Note on the mental hospitals in Burma - 1925-1940
Year: 1925
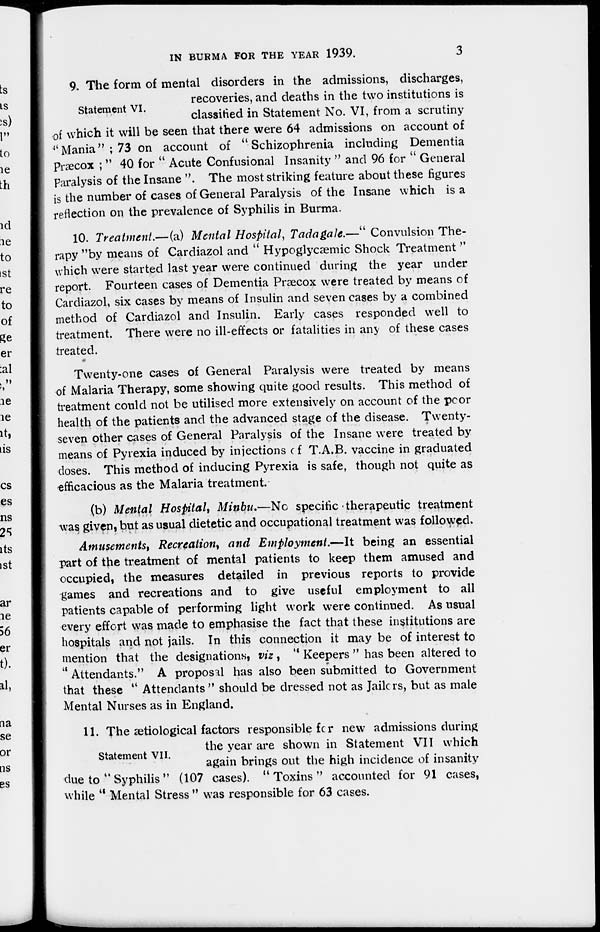
IN BURMA FOR THE YEAR 1939.
3
Statement VI.
9. The form of mental disorders in the admissions, discharges,
recoveries, and deaths in the two institutions is
classified in Statement No. VI, from a scrutiny
of which it will be seen that there were 64 admissions on account of
" Mania" ; 73 on account of " Schizophrenia including Dementia
Præcox ; " 40 for " Acute Confusional Insanity " and 96 for " General
Paralysis of the Insane ". The most striking feature about these figures
is the number of cases of General Paralysis of the Insane which is a
reflection on the prevalence of Syphilis in Burma.
10. Treatment.—(a) Mental Hospital, Tadagale.—" Convulsion The-
rapy "by means of Cardiazol and " Hypoglycæmic Shock Treatment "
which were started last year were continued during the year under
report. Fourteen cases of Dementia Præcox were treated by means of
Cardiazol, six cases by means of Insulin and seven cases by a combined
method of Cardiazol and Insulin. Early cases responded well to
treatment. There were no ill-effects or fatalities in any of these cases
treated.
Twenty-one cases of General Paralysis were treated by means
of Malaria Therapy, some showing quite good results. This method of
treatment could not be utilised more extensively on account of the poor
health of the patients and the advanced stage of the disease. Twenty-
seven other cases of General Paralysis of the Insane were treated by
means of Pyrexia induced by injections of T.A.B. vaccine in graduated
closes. This method of inducing Pyrexia is safe, though not quite as
efficacious as the Malaria treatment.
(b) Mental Hospital, Minbu.—No specific therapeutic treatment
was given, but as usual dietetic and occupational treatment was followed.
Amusements, Recreation, and Employment.—It being an essential
part of the treatment of mental patients to keep them amused and
occupied, the measures detailed in previous reports to provide
games and recreations and to give useful employment to all
patients capable of performing light work were continued. As usual
every effort was made to emphasise the fact that these institutions are
hospitals and not jails. In this connection it may be of interest to
mention that the designations, viz , " Keepers " has been altered to
Attendants." A proposal has also been submitted to Government
that these " Attendants" should be dressed not as Jailors, but as male
Mental Nurses as in England.
Statement VII.
11. The ætiological factors responsible for new admissions during
the year are shown in Statement VII which
again brings out the high incidence of insanity
due to " Syphilis " (107 cases). " Toxins " accounted for 91 cases,
while " Mental Stress " was responsible for 63 cases.